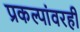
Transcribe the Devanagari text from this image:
प्रकल्पांवरही